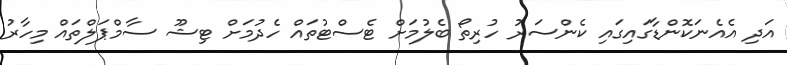
އަދި އެއެނަކޮންޑާގައިގައި ކެންސަރު ހުރިތޯ ބެލުމަށް ޓެސްޓުތައް ހެދުމަށް ޓިޝޫ ސާމްޕަލްތައް މިހާރު